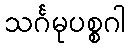
သင်္ဂမုပစ္စဂါ